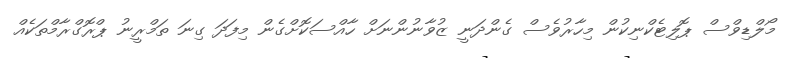
މޯލްޑިވްސް ޕޮލިޓެކްނިކުން މިހާރުވެސް ގެންދަނީ ޒުވާނުންނަށް ހާއްސަކޮށްގެން މިފަދަ ގިނަ ތަމްރީނު ޕްރޮގްރާމްތަކެއް